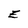
Character: E